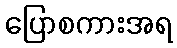
ပြောစကားအရ